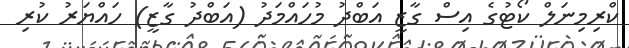
ކްރިމިނަލް ކޯޓުގެ އިސް ގާޒީ އަބްދު މުހައްމަދު (އަބްދު ގާޒީ) ހައްޔަރު ކުރި